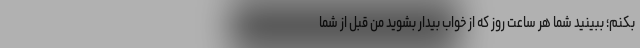
بکنم؛ ببینید شما هر ساعتِ روز که از خواب بیدار بشوید من قبل از شما